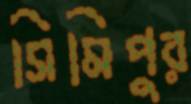
সিমিপুর